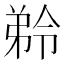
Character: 𭚾